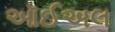
ઑઈઅલ